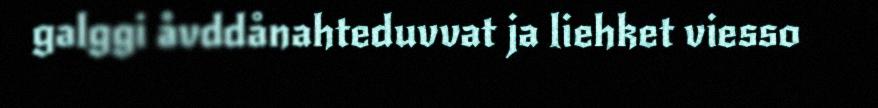
galggi åvddånahteduvvat ja liehket viesso